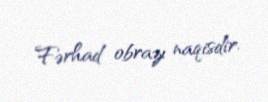
Fərhad obrazı naqisdir.